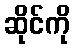
ဆိုင်ကို